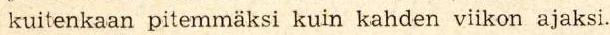
 kuitenkaan pitemmäksi kuin kahden viikon ajaksi.